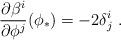
LaTeX: \begin{align*}{\partial \beta^i \over \partial \phi^j}(\phi_{*})= -2 \delta^i_j \ . \end{align*}